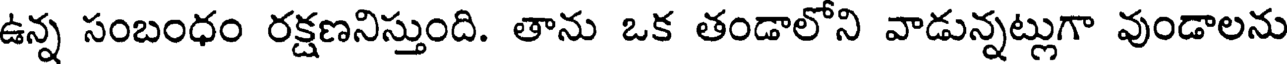
ఉన్న సంబంధం రక్షణనిస్తుంది. తాను ఒక తండాలోని వాడున్నట్లుగా వుండాలను